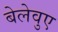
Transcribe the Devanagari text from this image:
बेलेवुए